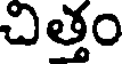
చిత్తం